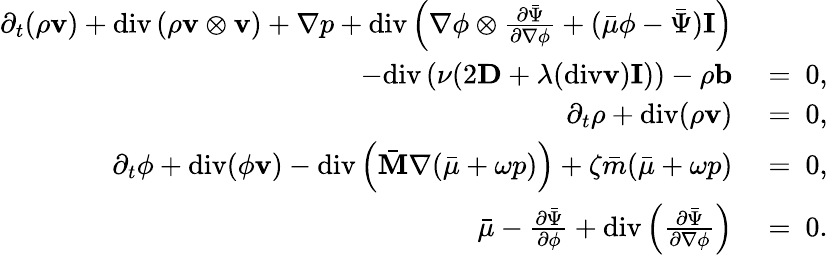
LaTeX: \begin{array}{rl}{\partial_{t}(\rho\mathbf{v})+\mathrm{div}\left(\rho\mathbf{v}\otimes\mathbf{v}\right)+\nabla p+\mathrm{div}\left(\nabla\phi\otimes\frac{\partial\bar{\Psi}}{\partial\nabla\phi}+(\bar{\mu}\phi-\bar{\Psi})\mathbf{I}\right)}&{{}}\\ {-\mathrm{div}\left(\nu(2\mathbf{D}+\lambda(\mathrm{div}\mathbf{v})\mathbf{I})\right)-\rho\mathbf{b}}&{{}=~0,}\\ {\partial_{t}\rho+\mathrm{div}(\rho\mathbf{v})}&{{}=~0,}\\ {\partial_{t}\phi+\mathrm{div}(\phi\mathbf{v})-\mathrm{div}\left(\bar{\mathbf{M}}\nabla(\bar{\mu}+\omega p)\right)+\zeta\bar{m}(\bar{\mu}+\omega p)}&{{}=~0,}\\ {\bar{\mu}-\frac{\partial\bar{\Psi}}{\partial\phi}+\mathrm{div}\left(\frac{\partial\bar{\Psi}}{\partial\nabla\phi}\right)}&{{}=~0.}\end{array}